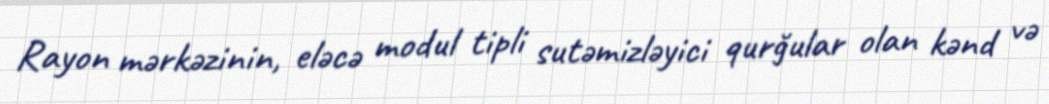
Rayon mərkəzinin, eləcə modul tipli sutəmizləyici qurğular olan kənd və